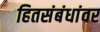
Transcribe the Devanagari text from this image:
हितसंबंधांवर